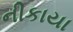
નીકાયા